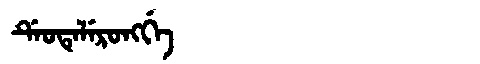
Manchu: ᡩᡝᠣᡨᡝᠯᡝᡵᠣᠩᡤᡝ
Romanization: DEOTELERONGGE